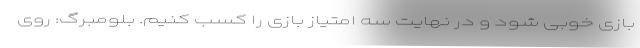
بازی خوبی شود و در نهایت سه امتیاز بازی را کسب کنیم. بلومبرگ: روی